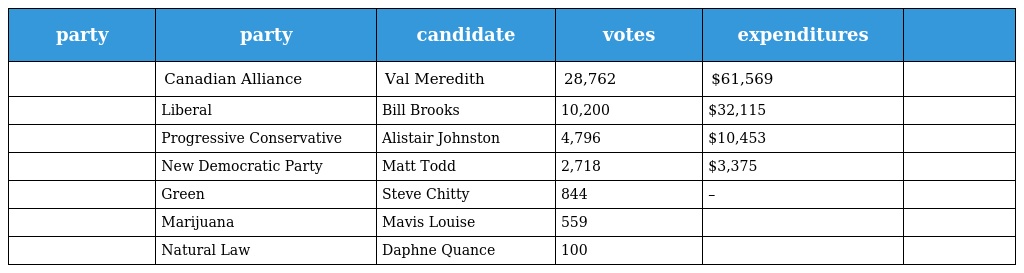
| party | party | candidate | votes | expenditures |  |
 | --- | --- | --- | --- | --- | --- |
 |  | Canadian Alliance | Val Meredith | 28,762 | $61,569 |  |
 |  | Liberal | Bill Brooks | 10,200 | $32,115 |  |
 |  | Progressive Conservative | Alistair Johnston | 4,796 | $10,453 |  |
 |  | New Democratic Party | Matt Todd | 2,718 | $3,375 |  |
 |  | Green | Steve Chitty | 844 | – |  |
 |  | Marijuana | Mavis Louise | 559 |  |  |
 |  | Natural Law | Daphne Quance | 100 |  |  |